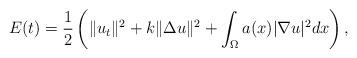
LaTeX: \begin{align*}E(t)=\frac{1}{2}\left(\|u_t\|^2+k\|\Delta u\|^2+\int_\Omega a(x)|\nabla u|^2dx\right),\end{align*}